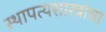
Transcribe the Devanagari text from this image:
स्थापत्यशास्त्रांचा